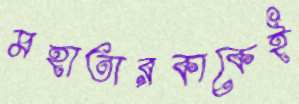
মহাতারকাকেই